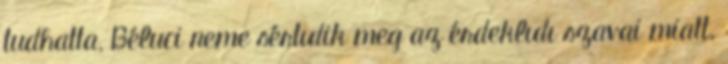
tudhatta, Béluci neme sértıdik meg az érdeklıdı szavai miatt.